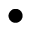
\bullet